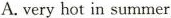
A.veryhot in summer